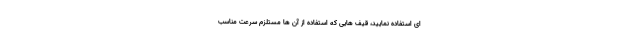
ای استفاده نمایید، قیف هایی که استفاده از آن ها مستلزم سرعت مناسب